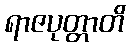
ရာဇပုတ္တာတိ